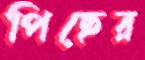
পিছের